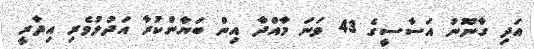
އަދި ގާނޫނު އަސާސީގެ 43 ވަނަ މާއްދާ އިން ބަޔާންކުރާ އަދުލުވެރި އިދާރީ